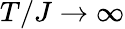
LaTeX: T/J\rightarrow\infty